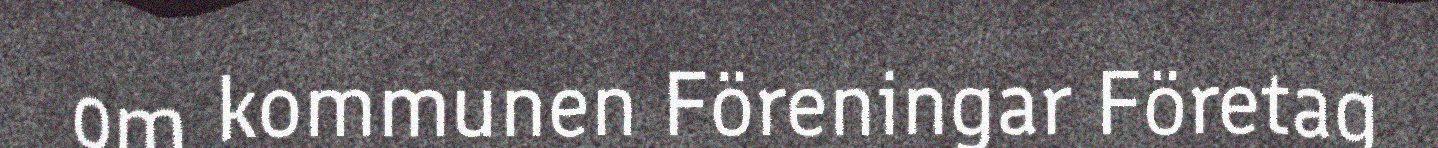
om kommunen Föreningar Företag